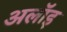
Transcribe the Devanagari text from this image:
अलॉइ